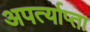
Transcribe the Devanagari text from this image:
अपर्त्याप्ता